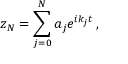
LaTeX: z _ { N } = \sum _ { j = 0 } ^ { N } a _ { j } e ^ { i k _ { j } t } \, ,